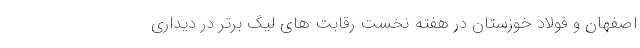
اصفهان و فولاد خوزستان در هفته نخست رقابت های لیگ برتر در دیداری